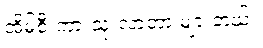
အိမ်စီးကားသုံးလာတာ များတယ်။